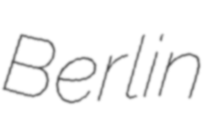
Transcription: Berlin